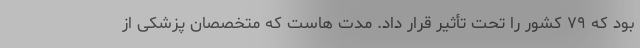
بود که ۷۹ کشور را تحت تأثیر قرار داد. مدت هاست که متخصصان پزشکی از